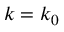
k = k _ { 0 }